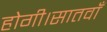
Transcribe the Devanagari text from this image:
होगी।सातवाँ